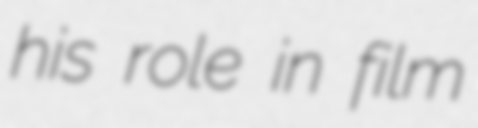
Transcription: his role in film